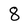
Character: 8